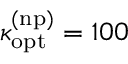
\kappa _ { \mathrm { o p t } } ^ { \mathrm { ( n p ) } } = 1 0 0